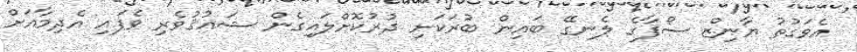
އެވަގުތު ޔާނިޒް ސޯފާގެ ލެނގޭ ބައިން ބުރަކަށި ދުރުކޮށްލައިގެން ޝައުޤުވެރި ވެފައި އެދިމާއަށް